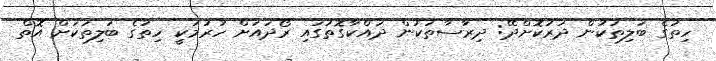
ހިތުގެ ބަލިތަކުން ދުރުކޮށްދޭ: ދިރާސާތަކުން ދައްކާގޮތުގައި ރޯދައަށް ހުރުމަކީ ހިތުގެ ބަލިތަކަށް އޮތް